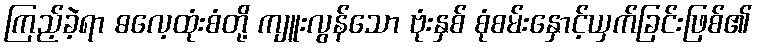
ကြည့်ခဲ့ရာ ဓလေ့ထုံးစံတို့ ကျူးလွန်သော ဗုံးနှစ် စုံစမ်းနှောင့်ယှက်ခြင်းဖြစ်၏